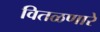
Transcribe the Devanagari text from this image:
वितळणारे